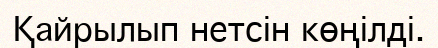
Қайрылып нетсін көңілді.